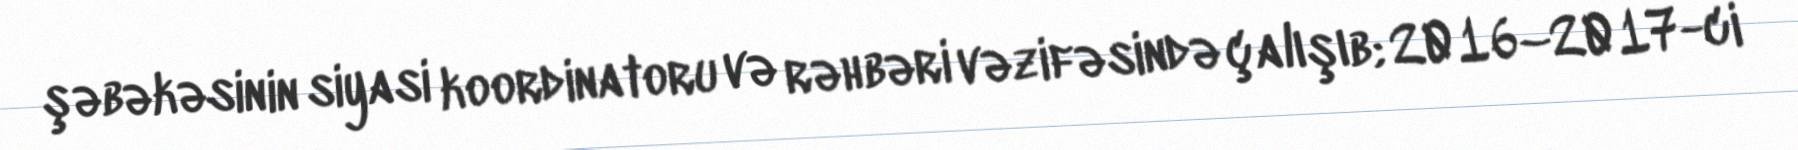
şəbəkəsinin siyasi koordinatoru və rəhbəri vəzifəsində çalışıb; 2016–2017-ci